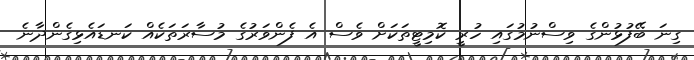
ގިނަ ބޭފުޅުންގެ ވިސްނުމުގައި ހުރީ ކޮމިޓީތަކަށް ވެސް އެ ފެންވަރުގެ މުސާރަތަކެއް ކަނޑައެޅިގެންދާނެ